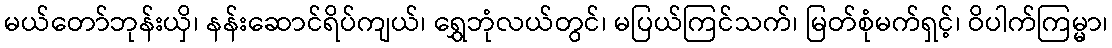
မယ်တော်ဘုန်းယှိ၊ နန်းဆောင်ရိပ်ကျယ်၊ ရွှေဘုံလယ်တွင်၊ မပြယ်ကြင်သက်၊ မြတ်စုံမက်ရှင့်၊ ဝိပါက်ကြမ္မာ၊